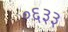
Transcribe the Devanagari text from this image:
०६३३